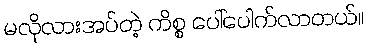
မလိုလားအပ်တဲ့ ကိစ္စ ပေါ်ပေါက်လာတယ်။